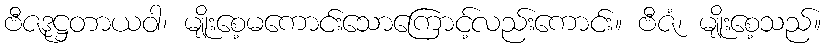
ဗီဇဒုဋ္ဌတာယဝါ၊ မျိုးစေ့မကောင်းသောကြောင့်လည်းကောင်း။ ဗီဇံ၊ မျိုးစေ့သည်။